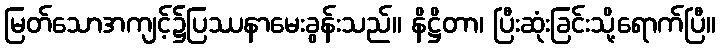
မြတ်သောအကျင့်၌ပြဿနာမေးခွန်းသည်။ နိဋ္ဌိတာ၊ ပြီးဆုံးခြင်းသို့ရောက်ပြီ။